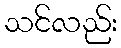
သင်လည်း